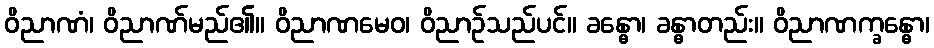
ဝိညာဏံ၊ ဝိညာဏ်မည်၏။ ဝိညာဏမေဝ၊ ဝိညာဉ်သည်ပင်။ ခန္ဓော၊ ခန္ဓာတည်း။ ဝိညာဏက္ခန္ဓော၊